Civil Veterinary Department. United Provinces 1923-31 - 1923-1931
Year: 1923
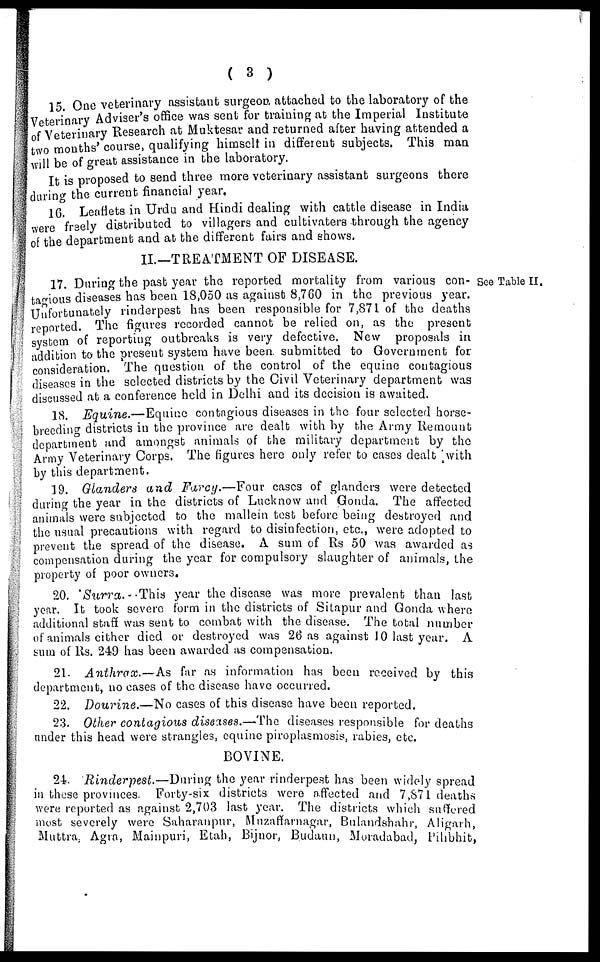
( 3 )
15 One veterinary assistant surgeon attached to the laboratory of the
Veterinary Adviser's office was sent for training at the Imperial Institute
of Veterinary Research at Muktesar and returned after having attended a
two months' course, qualifying himself in different subjects. This man
will be of great assistance in the laboratory.
It is proposed to send three more veterinary assistant surgeons there
during the current financial year.
16. Leaflets in Urdu and Hindi dealing with cattle disease in India
were freely distributed to villagers and cultivates through the agency
of the department and at the different fairs and shows.
II.—TREATMENT OF DISEASE.
See Table II.
17. During the past year the reported mortality from various con-
tagious diseases has been 18,050 as against 8,760 in the previous year.
Unfortunately rinderpest has been responsible for 7,871 of the deaths
reported. The figures recorded cannot be relied on, as the present
system of reporting outbreaks is very defective. New proposals in
addition to the present system have been submitted to Government for
consideration. The question of the control of the equine contagious
diseases in the selected districts by the Civil Veterinary department was
discussed at a conference held in Delhi and its decision is awaited.
18. Equine.—Equine contagious diseases in the four selected horse-
breeding districts in the province are dealt with by the Army Remount
department and amongst animals of the military department by the
Army Veterinary Corps. The figures here only refer to cases dealt with
by this department.
19. Glanders and Farcy.—Four cases of glanders were detected
during the year in the districts of Lucknow and Gonda. The affected
animals were subjected to the mallein test before being destroyed and
the usual precautions with regard to disinfection, etc., were adopted to
prevent the spread of the disease. A sum of Rs 50 was awarded as
compensation during the year for compulsory slaughter of animals, the
property of poor owners.
20. Surra.-This year the disease was more prevalent than last
year. It took severe form in the districts of Sitapur and Gonda where
additional staff was sent to combat with the disease. The total number
of animals cither died or destroyed was 26 as against 10 last year. A
sum of Rs. 249 has been awarded as compensation.
21. Anthrax.—As
far as information has been received by this
department, no cases of the disease have occurred.
22. Dourine.—No cases of this disease have been reported.
23. Other contagious diseases.—The diseases responsible for deaths
under this head were strangles, equine piroplasmosis, rabies, etc.
BOVINE.
24. Rinderpest.—During
the year rinderpest has been widely spread
in these provinces. Forty-six districts were affected and 7,871 deaths
were reported as against 2,703 last year. The districts which suffered
most severely were Saharanpur, Muzaffarnagar, Bulandshahr, Aligarh,
Muttra, Agra, Mainpuri, Etah, Bijnor, Budaun, Moradabad, Pilibhit,